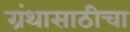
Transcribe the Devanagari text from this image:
ग्रंथासाठीचा